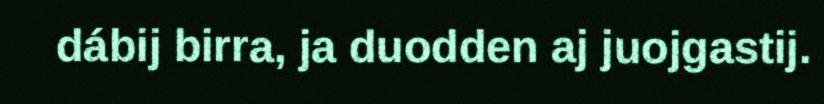
dábij birra, ja duodden aj juojgastij.